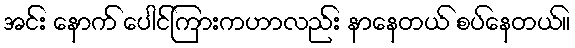
အင်း နောက် ပေါင်ကြားကဟာလည်း နာနေတယ် စပ်နေတယ်။